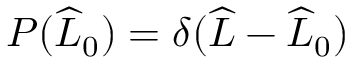
P ( \widehat { L } _ { 0 } ) = \delta ( \widehat { L } - \widehat { L } _ { 0 } )